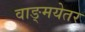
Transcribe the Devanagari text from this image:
वाङ्मयेतर